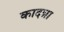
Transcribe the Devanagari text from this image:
कादन्ना